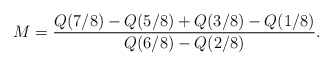
\begin{align*}M=\frac{Q(7/8)-Q(5/8)+Q(3/8)-Q(1/8)}{Q(6/8)-Q(2/8)}.\end{align*}